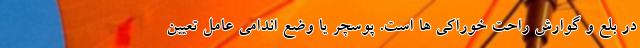
در بلع و گوارش راحت خوراکی ها است. پوسچر یا وضع اندامی عامل تعیین